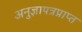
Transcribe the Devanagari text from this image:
अनुज्ञापत्रप्राप्त